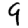
Digit: 9